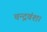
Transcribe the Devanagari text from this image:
चन्द्रवंश।